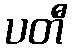
ပတီ